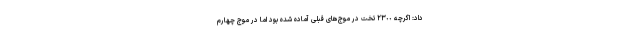
داد: اگرچه ٢٣٠٠ تخت در موج‌های قبلی آماده شده بود اما در موج چهارم